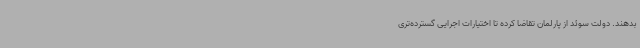
بدهند. دولت سوئد از پارلمان تقاضا کرده تا اختیارات اجرایی گسترده‌تری